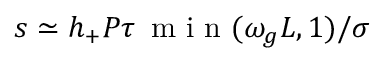
s \simeq h _ { + } P \tau \, \mathrm { ~ m ~ i ~ n ~ } ( \omega _ { g } L , 1 ) / \sigma